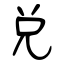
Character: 兑